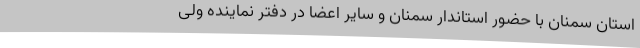
استان سمنان با حضور استاندار سمنان و سایر اعضا در دفتر نماینده ولی